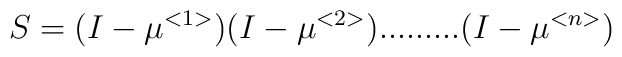
S=(I-\mu ^{<1>})(I-\mu ^{<2>}).........(I-\mu ^{<n>})